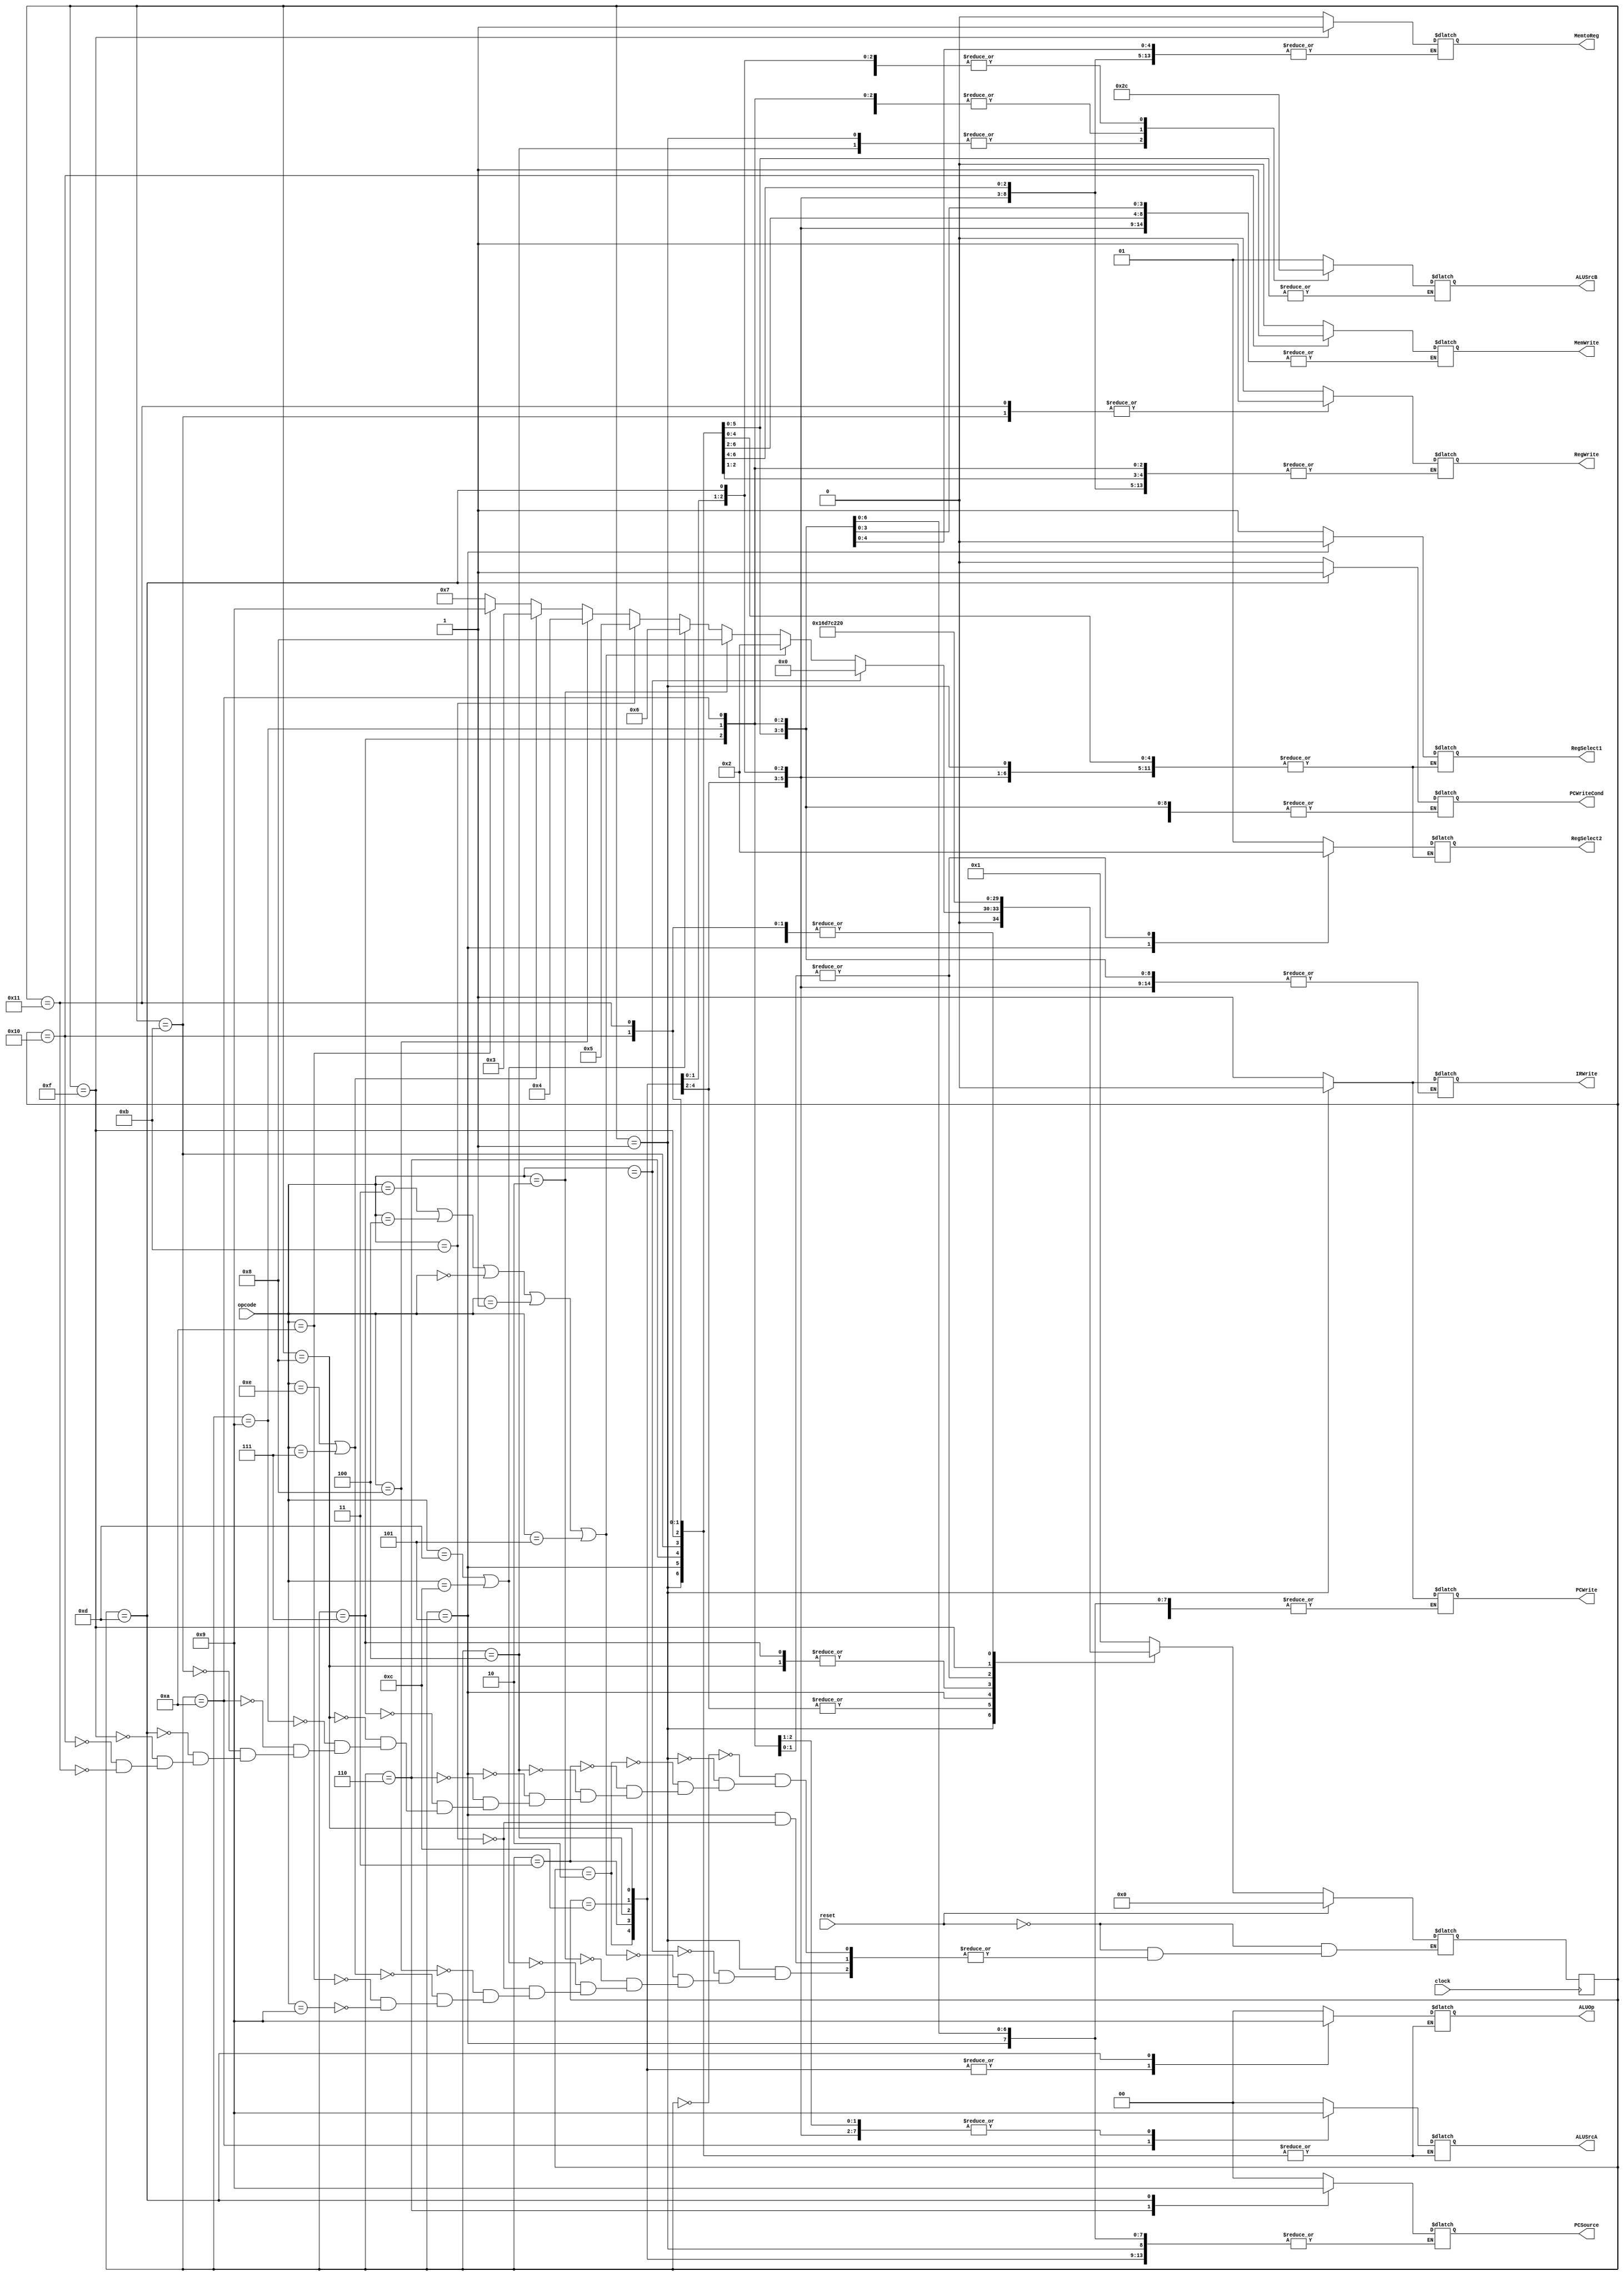
`timescale 1ns / 1ns


module control(opcode, clock, reset, PCWriteCond, PCWrite, MemWrite, MemtoReg, IRWrite,
			  PCSource, ALUOp, ALUSrcA, ALUSrcB, RegWrite, RegSelect1, RegSelect2);
	//??instr--size
	input [4:0] opcode;
	input clock, reset;

    //one bit 
	output reg PCWriteCond, PCWrite, MemWrite, MemtoReg, IRWrite, RegWrite,
				   RegSelect1;
    //two bit 
	output reg [1:0] PCSource, ALUOp, ALUSrcA, ALUSrcB, RegSelect2;
	
	reg [4:0] state;
	reg [4:0] next_state;
		
	// Opcode reference
	parameter    NOOP = 5'bxxxxx , AND = 5'b00000,
	             CAS = 5'b00001 , LWS = 5'b00010,
	             ADD = 5'b00011 , SUB = 5'b00100,
				 CMP = 5'b00101 , JR= 5'b00110,
				 ANDI = 5'b00111, ADDI = 5'b01000, 
				 SW = 5'b01010, LW = 5'b01001,
				 BEQ = 5'b01011,J = 5'b01100,
				 JAL = 5'b01101, 
				 SWI = 6'b111100,
				 LUI = 5'b01110 ;
	
	// Initialize states
	initial
	begin
		state <= 5'd0;
		next_state <= 5'd0;
	end
	
	// State -> next_state
	always @(posedge clock)
		state <= next_state;
	
	// Output assignments
	always @(state)
	begin
		case(state)

		    //fetch
			5'd0:  begin ALUSrcA = 0; ALUSrcB = 1; ALUOp = 0; PCSource = 0; PCWrite = 1; IRWrite = 1; 
							 RegSelect1 = 1; RegSelect2 = 1; RegWrite = 0; PCWriteCond = 0; MemWrite = 0;
							  MemtoReg = 0; end
			//decode
			5'd1:  begin ALUSrcB = 2; PCWrite = 0; IRWrite = 0; end	
            //alu ---r type 
			5'd2:  begin ALUSrcA = 1; ALUSrcB = 0; ALUOp = 2; end			
			5'd3:  begin ALUSrcA = 1; ALUSrcB = 3; ALUOp = 2; end	
			5'd4:  begin ALUSrcA = 1; ALUSrcB = 2; ALUOp = 2; end			
			5'd5:  begin RegSelect1 = 0; RegSelect2 = 0; end			
			5'd6:  begin PCWrite = 1; PCSource = 2; end				 
			5'd7:  begin RegSelect1 = 1; RegSelect2 = 1; ALUOp = 0; ALUSrcA = 1; ALUSrcB = 3; end							 
			//LWS
			5'd12:  begin ALUSrcA = 1; ALUSrcB = 0; ALUOp = 2; end	

			5'd8:  begin  ALUOp = 2; ALUSrcA = 1; ALUSrcB = 0; end			
			5'd9:  begin RegSelect1 = 1; RegSelect2 = 2; ALUOp = 0; ALUSrcA = 1; ALUSrcB = 3; end			
			5'd10: begin RegSelect1 = 1; RegSelect2 = 2; ALUOp = 0; ALUSrcA = 2; ALUSrcB = 3; end
			//memory ==r type 
			5'd11: begin RegWrite = 1; MemtoReg = 0; end	
			//5'd12: begin Instr26 = 0; ALUSrcA = 1; ALUSrcB = 0; ALUOp = 2; PCSource = 1; PCWriteCond = 1; end	
			5'd13: begin ALUSrcA = 1; ALUSrcB = 0; ALUOp = 1; PCSource = 1; PCWriteCond = 1; end	
			//5'd14: begin Instr26 = 1; ALUSrcA = 1; ALUSrcB = 0; ALUOp = 1; PCSource = 1; PCWriteCond = 1; end						 						 
			5'd15: begin MemtoReg = 1; end			
			5'd16: begin MemWrite = 1; end
			5'd17: begin RegWrite = 1; end	
			default: begin PCWriteCond = 1'bx; PCWrite = 1'bx; MemWrite = 1'bx; MemtoReg = 1'bx; IRWrite = 1'bx;
								PCSource = 2'bx; ALUOp = 2'bx; ALUSrcA = 2'bx; ALUSrcB = 2'bx; RegWrite = 1'bx;
								 RegSelect1 = 1'bx; RegSelect2 = 2'bx; end
		endcase
	end
	
	// State transitions
	always @(reset or state or opcode)
	begin
		if (reset)
			next_state = 0;
		else
			case (state)

				5'd0: next_state = 5'd1;		
				5'd1: 
						// NOOP
						if (opcode == NOOP)
							next_state <= 5'd0;
						// R-types
						else if ((opcode == ADD) || (opcode == SUB) || (opcode == AND) || (opcode == CAS)|| (opcode == CMP))
							next_state <= 5'd2;	
						// LWS
						else if (opcode ==LWS ) 
						next_state <= 5'd8;
						// Branches
						else if ((opcode == JAL) || (opcode == J)) 
						next_state <= 5'd6;	
						else if (opcode == BEQ)
							next_state <= 5'd5;	
						// Sign Extended Arithmetic/Logical I-types
						else if (opcode == ADDI)
							next_state <= 5'd4;
						// Zero Extended Arithmetic/Logical I-types
						else if ( (opcode == LUI) || (opcode == ANDI))
							next_state <= 5'd3;
					   // Loads and stores
					   //store
						else if (opcode == SW)
							next_state <= 5'd9;
						
						else if (opcode == LW)
							next_state <= 5'd7;		
						
				5'd2:  next_state <= 5'd11;
				5'd3:  next_state <= 5'd11;
				5'd4:  next_state <= 5'd11;	
				5'd5:  
						// BEQ
						if (opcode == BEQ)
							next_state <= 5'd13;		
						
				5'd6:  next_state <= 5'd0;
				5'd7:  next_state <= 5'd15;
				5'd8:  next_state <= 5'd15;
				5'd9:  next_state <= 5'd16;
				5'd10: next_state <= 5'd16;
				5'd11: next_state <= 5'd0;
				//5'd12: next_state <= 5'd0;
				5'd13: next_state <= 5'd0;
				//5'd14: next_state <= 5'd0;
				5'd15: next_state <= 5'd17;
				5'd16: next_state <= 5'd0;
				5'd17: next_state <= 5'd0;	
			endcase
	end
	
	endmodule